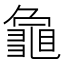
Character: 𮯞